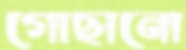
গোছানো